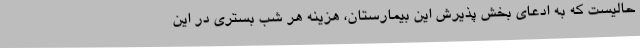
حالیست که به ادعای بخش پذیرش این بیمارستان، هزینه هر شب بستری در این